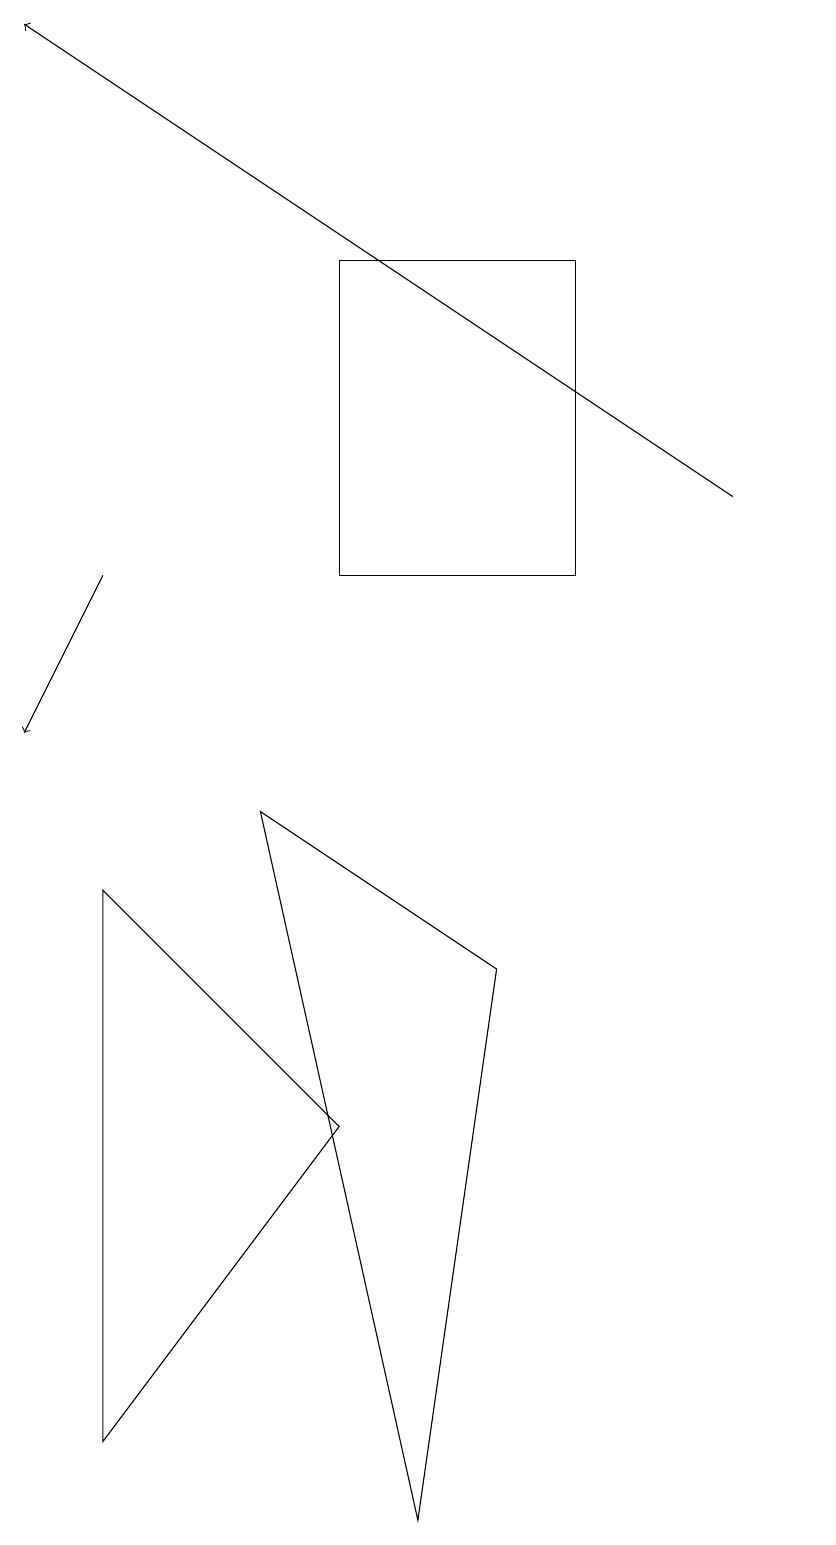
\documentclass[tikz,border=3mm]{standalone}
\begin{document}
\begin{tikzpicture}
\draw (4,12) rectangle (7,16);
\draw (4,5) -- (1,8) -- (1,1) -- cycle;
\draw[->] (1,12) -- (0,10);
\draw[->] (9,13) -- (0,19);
\draw (10,10) circle (0);
\draw (6,7) -- (5,0) -- (3,9) -- cycle;
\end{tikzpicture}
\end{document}